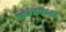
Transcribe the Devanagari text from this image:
फोरमच्या